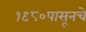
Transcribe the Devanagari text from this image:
१९८०पासूनचे